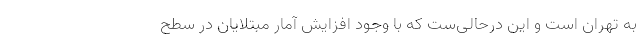
به تهران است و این درحالی‌ست که با وجود افزایش آمار مبتلایان در سطح